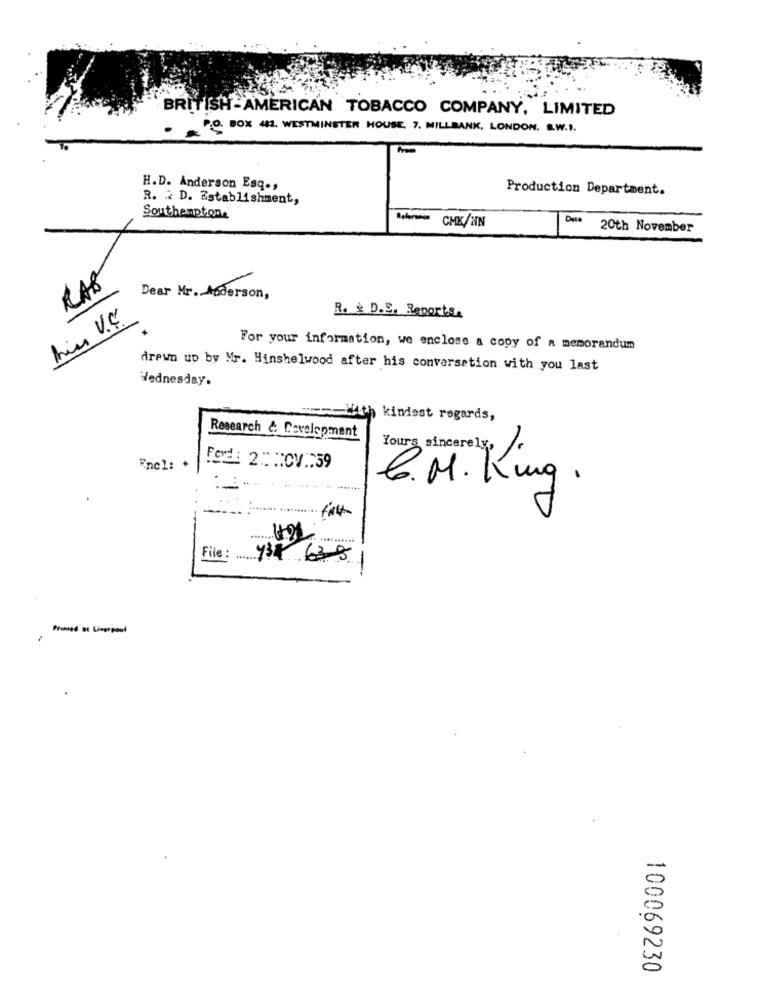
BRITISH-AMERICAN TOBACCO COMPANY, LIMITED
P.O. BOX 481. WESTMINSTER HOUSE, 7. MILLBANK, LONDON. S.W.I.
H.D. Anderson Esq .,
Production Department.
R. D. Establishment,
Southemptone
Relerance
CMK/NN
Date
20th November
RAS
Dear Mr. Anderson,
him V.C.
R. & D.E. Reports.
For your information, we enclose a copy of a memorandum
drewn up by Mr. Hinshelwood after his conversation with you last
Wednesday.
un-With kindest regards,
Research & Development
Yours sincerely,
Encl: +
Fod: 2: : 0V .: 59
C. M. Kung.
File: 934 638
-
Printed et Liverpool
100069230